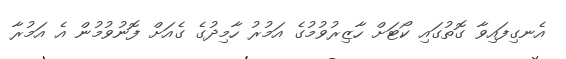
އެނގިފައިވާ ގޮތުގައި ކޯޓަށް ހާޒިރުވުމުގެ އަމުރު ހާމިދުގެ ގެއަށް ފޮނުވުމުން އެ އަމުރާ